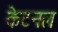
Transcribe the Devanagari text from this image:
केटनल